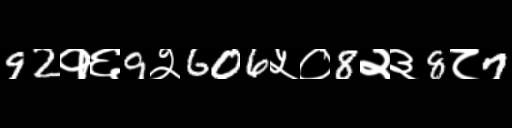
Text: 92१६9२606५०8२३8८7